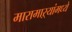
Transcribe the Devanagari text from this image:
मारामाऱ्यांमध्ये